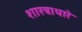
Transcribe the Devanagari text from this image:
शास्त्राधारे